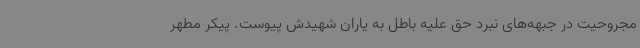
مجروحیت در جبهه‌های نبرد حق علیه باطل به یاران شهیدش پیوست. پیکر مطهر